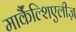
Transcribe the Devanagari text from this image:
मार्कैंल्शिएलीज़